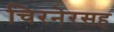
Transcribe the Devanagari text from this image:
चिरनेरसह